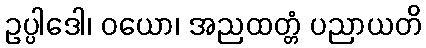
ဥပ္ပါဒေါ၊ ဝယော၊ အညထတ္တံ ပညာယတိ